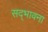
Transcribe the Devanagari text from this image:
सद्‌भावना